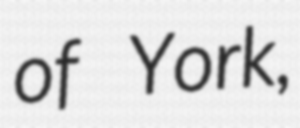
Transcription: of York,